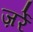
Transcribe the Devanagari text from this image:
ज़र्रे